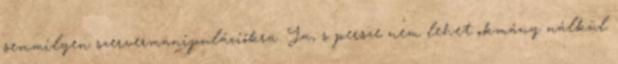
semmilyen szervermanipulációkra. Ja, s persze nem lehet okmány nálkül